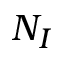
N _ { I }